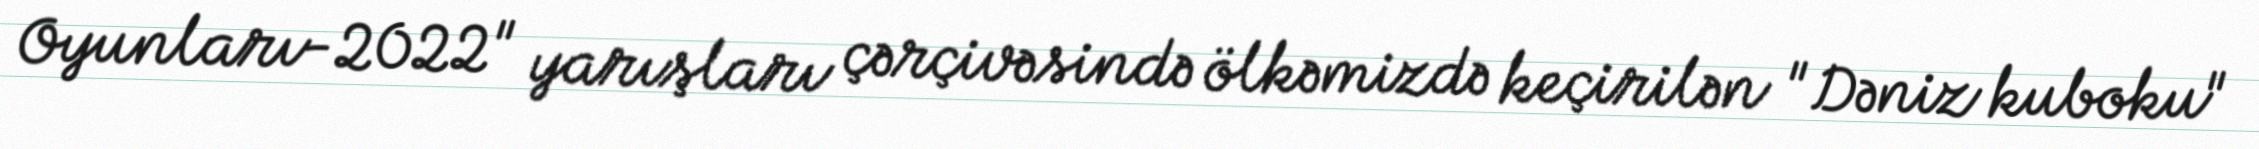
Oyunları-2022" yarışları çərçivəsində ölkəmizdə keçirilən "Dəniz kuboku"